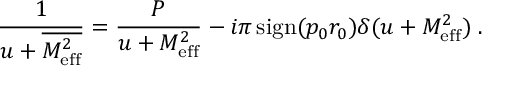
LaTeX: { \frac { 1 } { u + \overline { { { M _ { \mathrm { e f f } } ^ { 2 } } } } } } = { \frac { \cal P } { u + M _ { \mathrm { e f f } } ^ { 2 } } } - i \pi \, \mathrm { s i g n } ( p _ { 0 } r _ { 0 } ) \delta ( u + M _ { \mathrm { e f f } } ^ { 2 } ) \; .